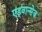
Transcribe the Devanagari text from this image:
एड्वान्सेज़